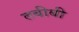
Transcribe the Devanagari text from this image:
तबीबी